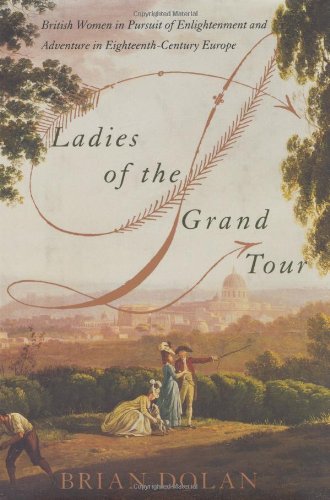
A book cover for Ladies of the Grand Tour: British Women in Pursuit of Enlightenment and Adventure in Eighteenth-Century Europe; Brian Dolan; Politics & Social Sciences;